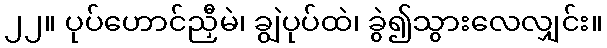
၂၂။ ပုပ်ဟောင်ညှီမဲ၊ ချွဲပုပ်ထဲ၊ ခွဲ၍သွားလေလျှင်း။